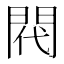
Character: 𫔟